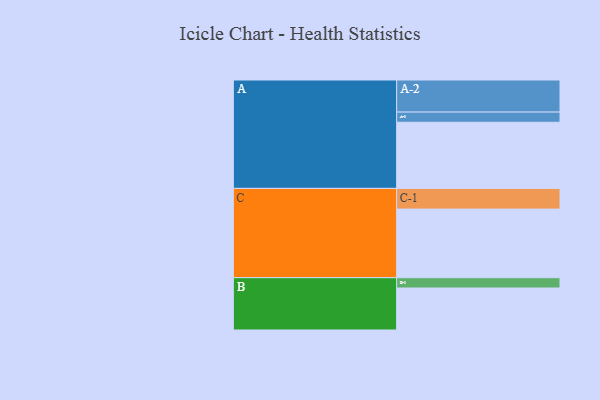
{"axis": {"x": "Segment", "y": "Value"}, "legend": ["", "A", "B", "C"], "data": [{"x": "A", "y": 540, "type": ""}, {"x": "B", "y": 343, "type": ""}, {"x": "C", "y": 560, "type": ""}, {"x": "A-1", "y": 83, "type": "A"}, {"x": "A-2", "y": 262, "type": "A"}, {"x": "B-1", "y": 84, "type": "B"}, {"x": "C-1", "y": 169, "type": "C"}]}